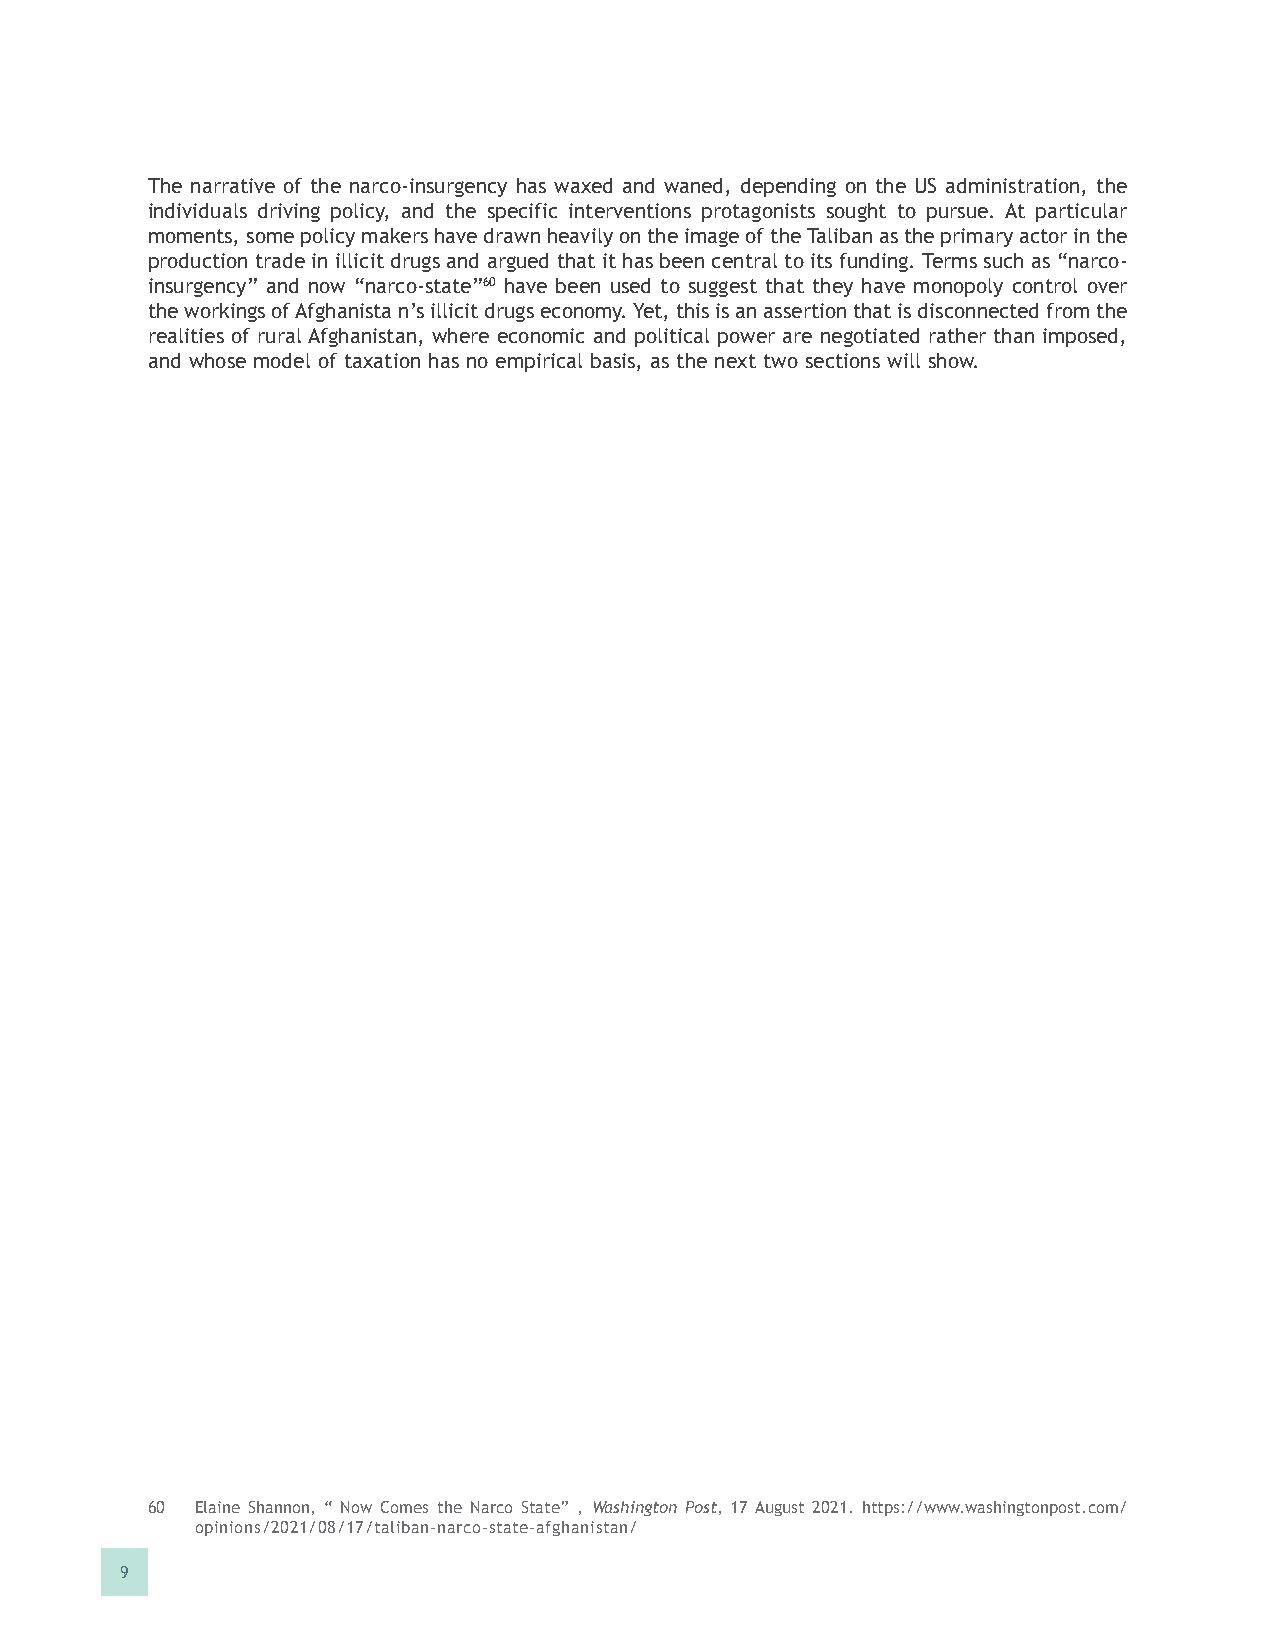
The narrative of the narco-insurgency has waxed and waned, depending on the US administration, the
 individuals driving policy, and the specific interventions protagonists sought to pursue. At particular
 moments, some policy makers have drawn heavily on the image of the Taliban as the primary actor in the
 production trade in illicit drugs and argued that it has been central to its funding. Terms such as “narco-
 insurgency” and now “narco-state”60 have been used to suggest that they have monopoly control over
 the workings of Afghanista n’s illicit drugs economy. Yet, this is an assertion that is disconnected from the
 realities of rural Afghanistan, where economic and political power are negotiated rather than imposed,
 and whose model of taxation has no empirical basis, as the next two sections will show.
 60 Elaine Shannon, “ Now Comes the Narco State” , Washington Post, 17 August 2021. https://www.washingtonpost.com/
 opinions/2021/08/17/taliban-narco-state-afghanistan/
 9